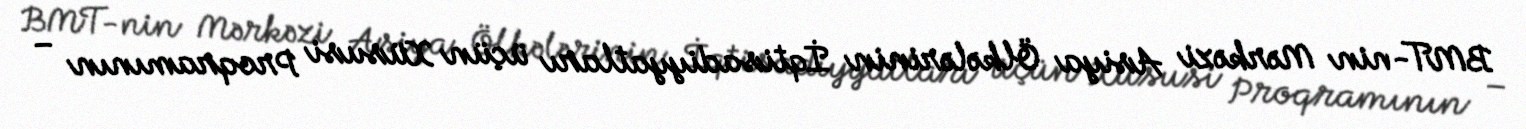
BMT-nin Mərkəzi Asiya Ölkələrinin İqtisadiyyatları üçün Xüsusi Proqramının –